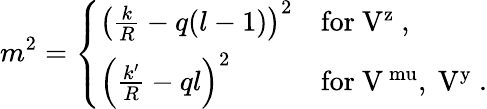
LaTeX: m^{2}=\left\{ \begin{array}{ll}{{\left(\frac kR-q(l-1)\right)^{2}}}&{{\mathrm{for~V^{z}~,}}}\\ {{\left(\frac{k^{\prime}}R-ql\right)^{2}}}&{{\mathrm{for~V^{\ mu},\ V^{y}~}.}}\end{array}\right.